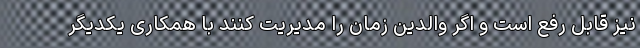
نیز قابل رفع است و اگر والدین زمان را مدیریت کنند با همکاری یکدیگر